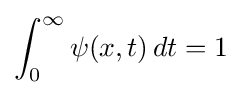
\int _{0}^{\infty }\psi (x,t)\,dt=1